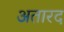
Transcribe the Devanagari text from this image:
अतारद